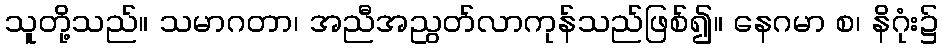
သူတို့သည်။ သမာဂတာ၊ အညီအညွတ်လာကုန်သည်ဖြစ်၍။ နေဂမာ စ၊ နိဂုံး၌